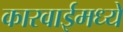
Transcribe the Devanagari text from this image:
कारवाईमध्ये